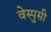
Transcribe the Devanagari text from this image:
वेस्पुसी